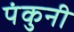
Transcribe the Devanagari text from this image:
पंकुनी